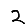
Digit: 2